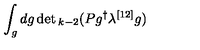
\int _ { g } d g \det { } _ { k - 2 } ( P g ^ { \dagger } \lambda ^ { [ 1 2 ] } g )